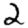
Digit: 2